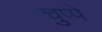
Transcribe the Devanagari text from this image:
चुप्पे